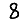
Digit: 8